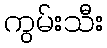
ကွမ်းသီး